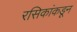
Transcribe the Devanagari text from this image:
रसिकांकडून